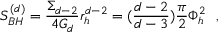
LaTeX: S _ { B H } ^ { ( d ) } = { \frac { \Sigma _ { d - 2 } } { 4 G _ { d } } } r _ { h } ^ { d - 2 } = ( { \frac { d - 2 } { d - 3 } } ) { \frac { \pi } { 2 } } \Phi _ { h } ^ { 2 } ~ ~ ,